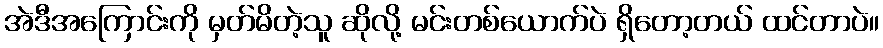
အဲဒီအကြောင်းကို မှတ်မိတဲ့သူ ဆိုလို့ မင်းတစ်ယောက်ပဲ ရှိတော့တယ် ထင်တာပဲ။